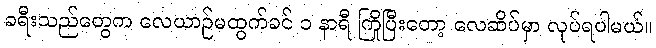
ခရီးသည်တွေက လေယာဉ်မထွက်ခင် ၁ နာရီ ကြိုပြီးတော့ လေဆိပ်မှာ လုပ်ရပါမယ်။